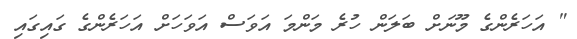
" އަހަރެންގެ މޫނަށް ބަލަން ހުރެ މަންމަ އަވަސް އަވަހަށް އަހަރެންގެ ގައިގައި